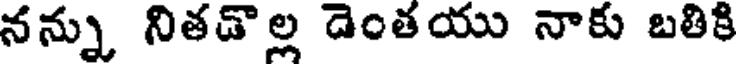
నన్ను నితడొల్ల డెంతయు నాకు బతికి